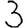
Digit: 3